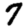
Digit: 7